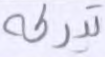
تدركه